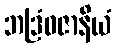
ဘဒြံဝဇာနိယံ